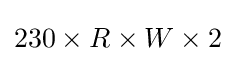
230\times R\times W\times 2